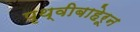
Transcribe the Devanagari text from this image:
पृथ्वीबाहेरून